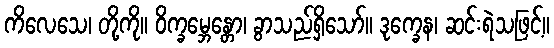
ကိလေသေ၊ တို့ကို။ ဝိက္ခမ္ဘေန္တော၊ ခွာသည်ရှိသော်။ ဒုက္ခေန၊ ဆင်းရဲသဖြင့်။